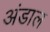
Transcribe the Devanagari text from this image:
अंडाल